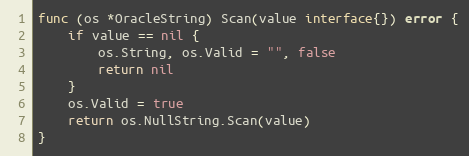
Language: Go
func (os *OracleString) Scan(value interface{}) error {
	if value == nil {
		os.String, os.Valid = "", false
		return nil
	}
	os.Valid = true
	return os.NullString.Scan(value)
}